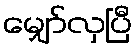
မျှော်လှပြီ